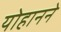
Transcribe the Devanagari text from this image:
योहानने